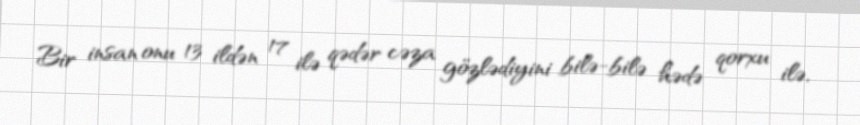
Bir insan onu 13 ildən 17 ilə qədər cəza gözlədiyini bilə-bilə hədə qorxu ilə,